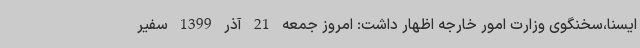
ایسنا،سخنگوی وزارت امور خارجه اظهار داشت: امروز جمعه 21 آذر 1399 سفیر